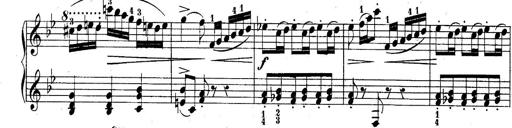
Title: 10 Sonatines progressives
Composer: Anton Schmoll